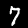
Label: 7